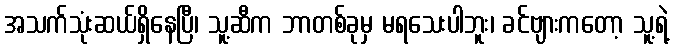
အသက်သုံးဆယ်ရှိနေပြီ၊ သူ့ဆီက ဘာတစ်ခုမှ မရသေးပါဘူး၊ ခင်ဗျားကတော့ သူ့ရဲ့